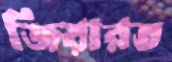
জিয়ারত